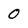
Character: 0